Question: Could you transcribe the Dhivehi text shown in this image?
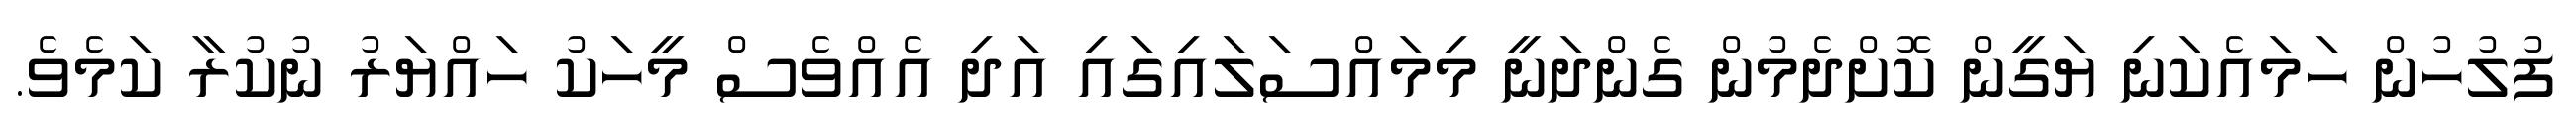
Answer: ފުލުހުން ހަމައެކަނި ޔަގީން ކޮށްދެމުން ގެންދަނީ މިމައްސަލައިގައި އަދި އެއްވެސް މީހަކު ހައްޔަރު ނުކުރާ ކަމެވެ.